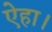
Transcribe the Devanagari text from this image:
ऐहा।